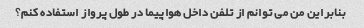
بنابراین من می توانم از تلفن داخل هواپیما در طول پرواز استفاده کنم؟